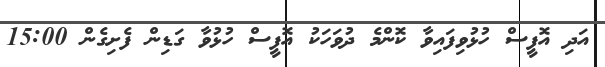
އަދި އޮފީސް ހުޅުވިފައިވާ ކޮންމެ ދުވަހަކު އޮފީސް ހުޅުވާ ގަޑިން ފެށިގެން 15:00